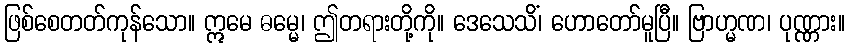
ဖြစ်စေတတ်ကုန်သော။ ဣမေ ဓမ္မေ၊ ဤတရားတို့ကို။ ဒေသေသိံ၊ ဟောတော်မူပြီ။ ဗြာဟ္မဏ၊ ပုဏ္ဏား။